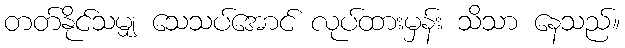
တတ်နိုင်သမျှ သေသပ်အောင် လုပ်ထားမှန်း သိသာ နေသည်။